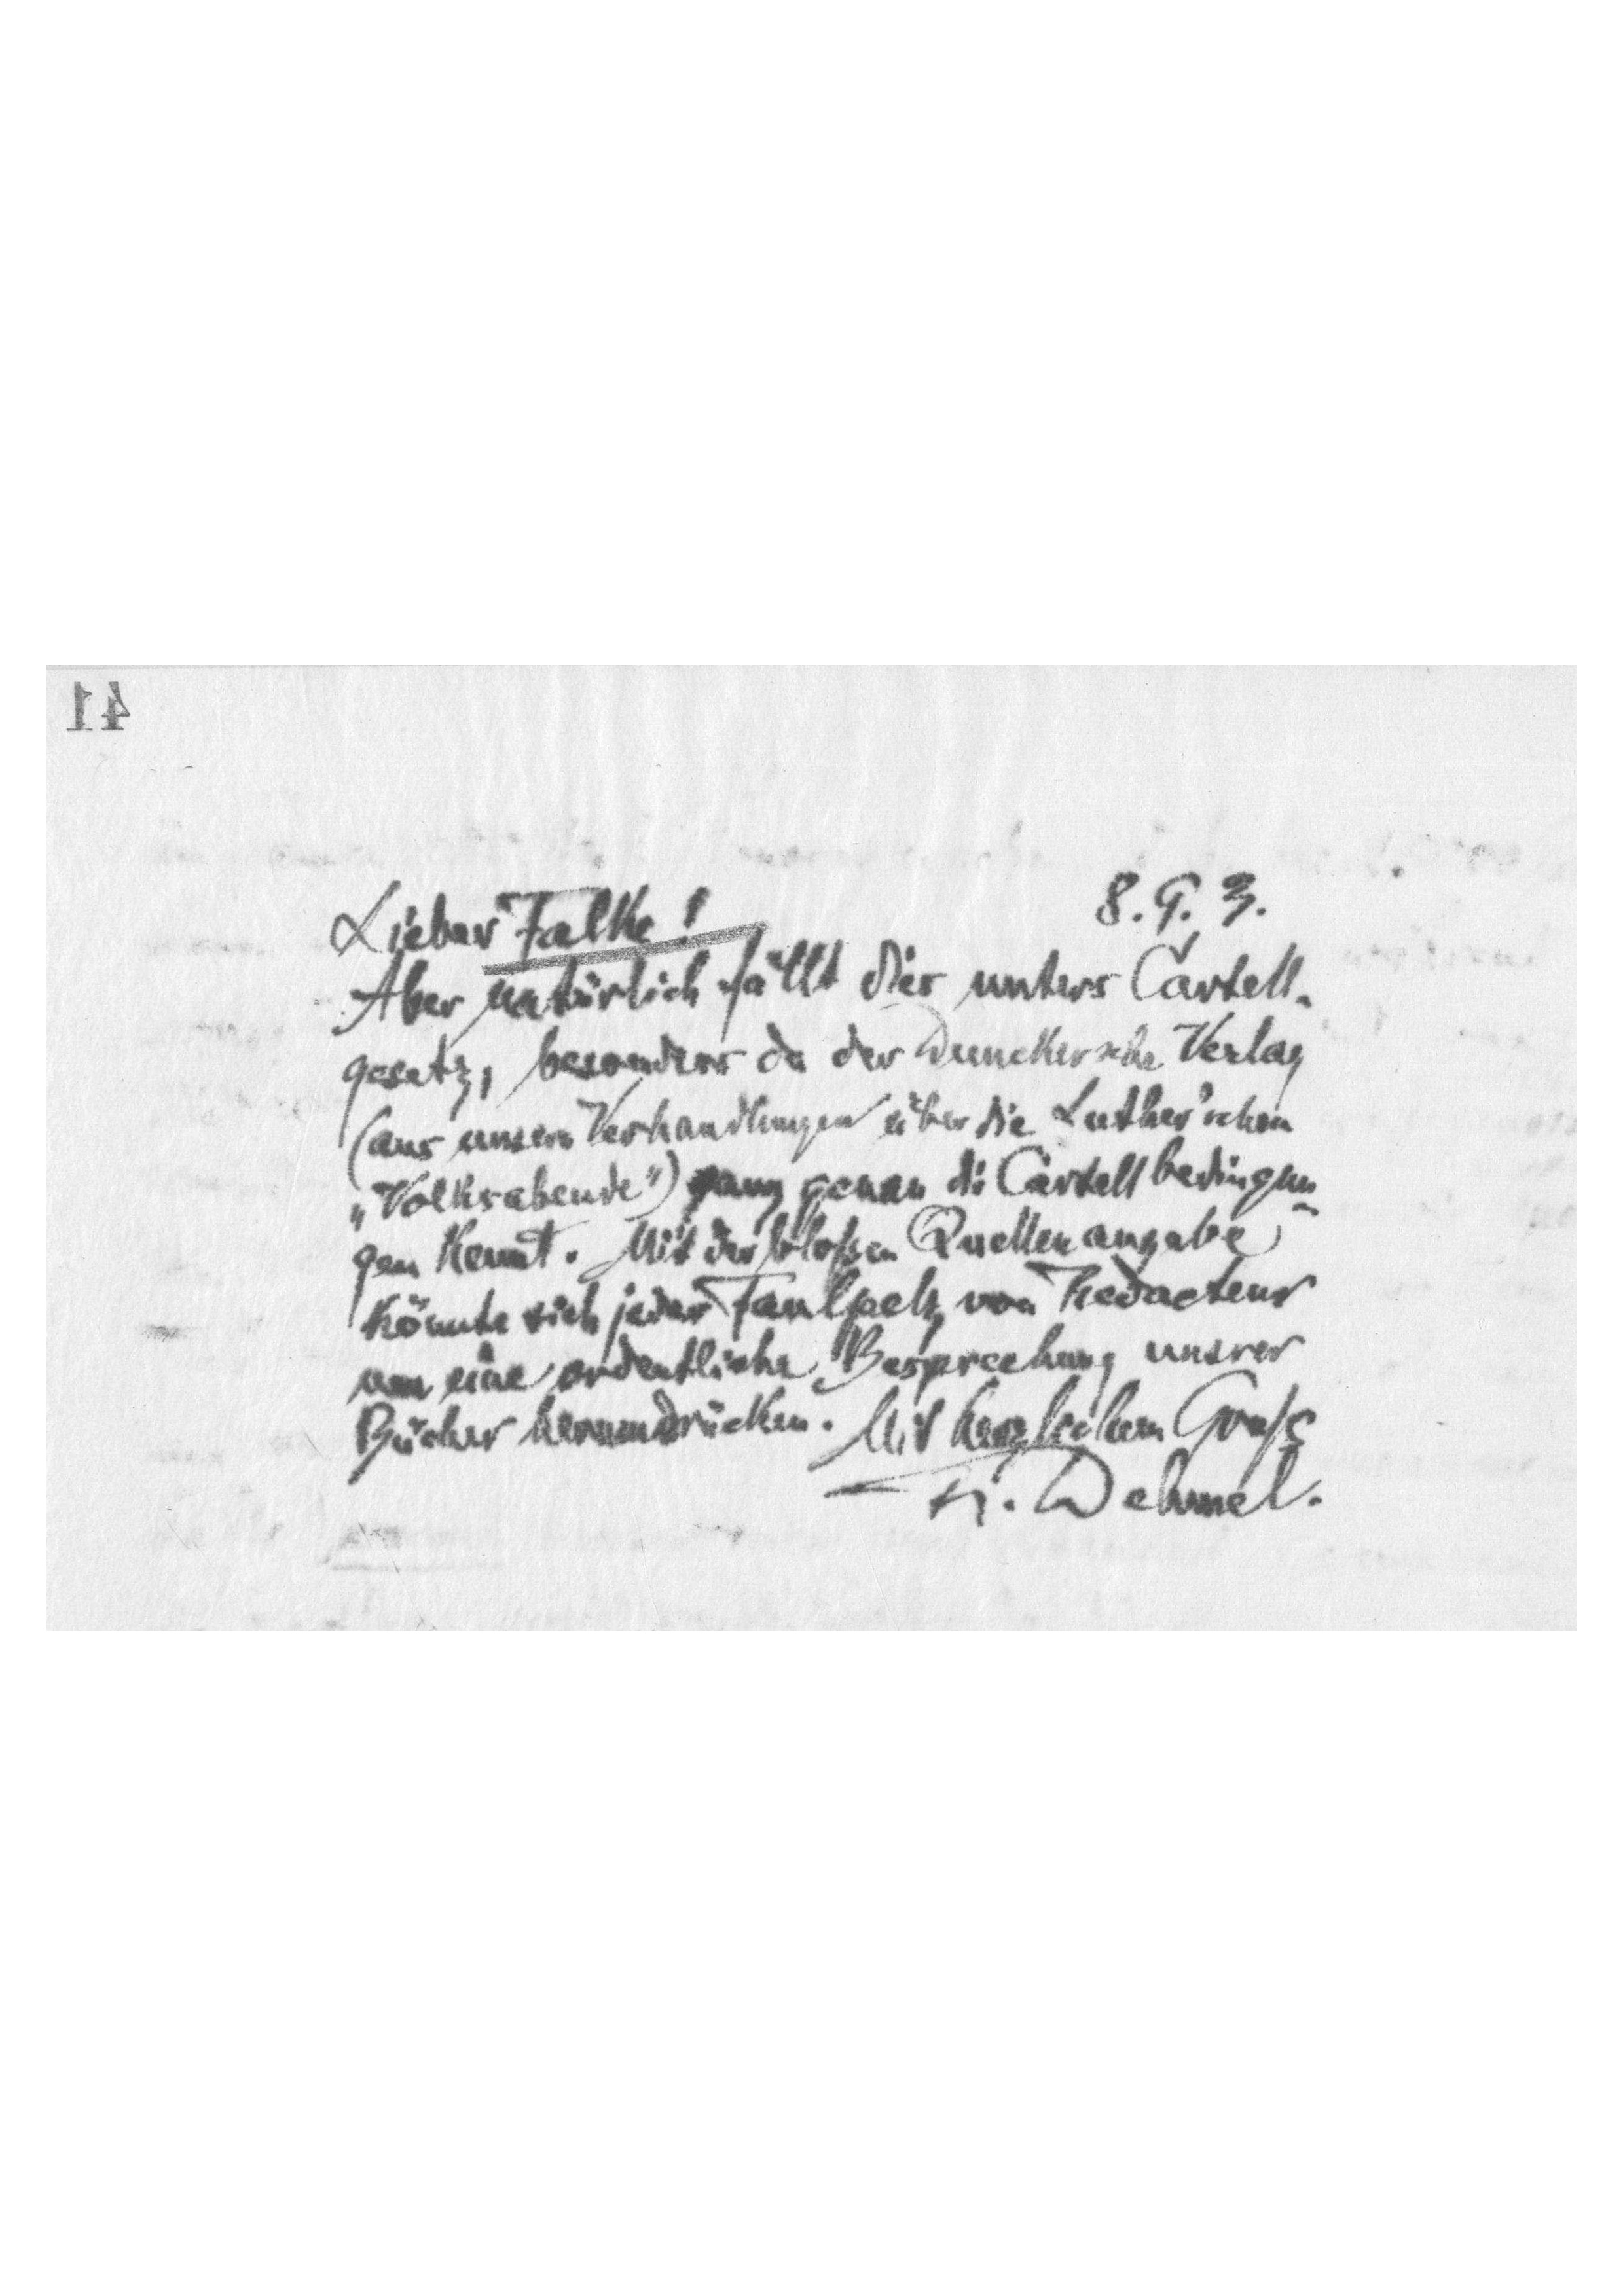
8.9.3.
Lieber Falke!
Aber natürlich fällt dies unters Cartell-
gesetz, besonders da der Dunckersche Verlag
(aus unsern Verhandlungen über die Luther'schen
„Volksabende") ganz genau die Cartellbedingun-
gen kennt. Mit der bloßen Quellenangabe
könnte sich jeder Faulpelz von Redacteur
um eine ordentliche Besprechung unserer
Bücher herumdrücken. Mit herzlichem Gruß
R. Dehmel.